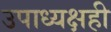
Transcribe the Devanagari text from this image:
उपाध्यक्षही